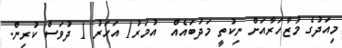
މިއަދުގެ މުޒާހަރާއަށް ނިކުތީ މަދުބައެއް  އުމަރު1 އަހަރު 1 ދުވަސް ކުރިން.